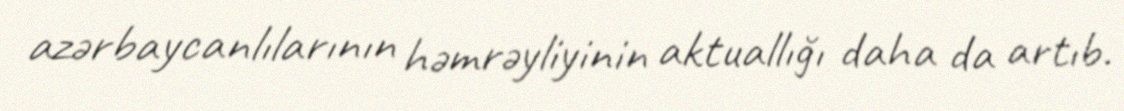
azərbaycanlılarının həmrəyliyinin aktuallığı daha da artıb.